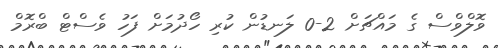
ވޮލްވްސް ގެ މައްޗަށް 2-0 ލަނޑުން ކުރި ހޯދުމަށް ފަހު ވެސްޓް ބްރޮމް